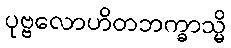
ပုဗ္ဗလောဟိတဘက္ခာသ္မိ